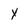
Character: Y